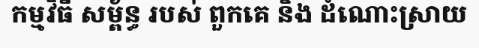
កម្មវិធី សម្ព័ន្ធ របស់ ពួកគេ និង ដំណោះស្រាយ